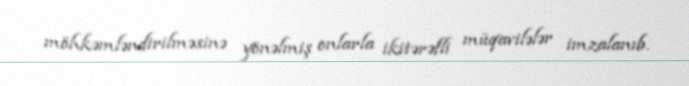
möhkəmləndirilməsinə yönəlmiş onlarla ikitərəfli müqavilələr imzalanıb.